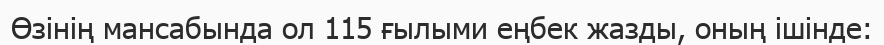
Өзінің мансабында ол 115 ғылыми еңбек жазды, оның ішінде: